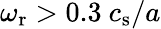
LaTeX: \omega_{\mathrm{r}}>0.3\ c_{\mathrm{s}}/a